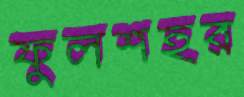
ফুলশহর